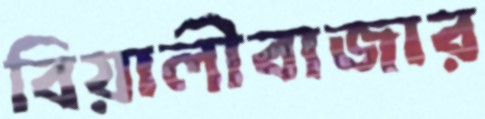
বিয়ালীবাজার